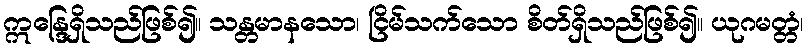
ဣန္ဒြေရှိသည်ဖြစ်၍။ သန္တမာနသော၊ ငြိမ်သက်သော စိတ်ရှိသည်ဖြစ်၍။ ယုဂမတ္တံ၊